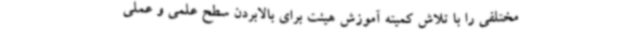
مختلفی را با تلاش کمیته آموزش هیئت برای بالابردن سطح علمی و عملی